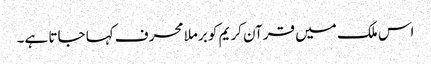
اس ملک میں قرآن کریم کو برملا محرف کہا جاتا ہے۔